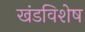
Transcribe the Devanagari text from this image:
खंडविशेष